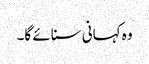
وہ کہانی سنائے گا۔